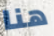
هنا